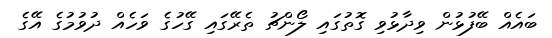
ބައެއް ބޭފުޅުން ވިދާޅުވި ގޮތުގައި ލޯންޗު ތެރޭގައި ގޭހުގެ ވަހެއް ދުވުމުގެ އޭގެ